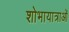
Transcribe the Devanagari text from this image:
शोभायात्राओं